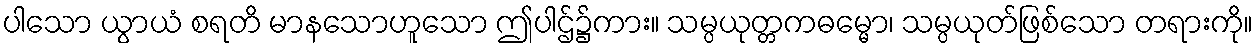
ပါသော ယွာယံ စရတိ မာနသောဟူသော ဤပါဌ်၌ကား။ သမ္ပယုတ္တကဓမ္မော၊ သမ္ပယုတ်ဖြစ်သော တရားကို။